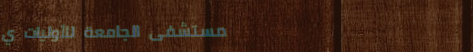
مستشفى الجامعة للأوليات ي